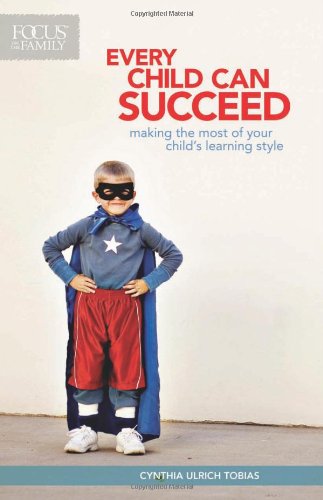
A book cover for Every Child Can Succeed; Cynthia Ulrich Tobias; Parenting & Relationships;